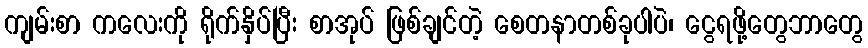
ကျမ်းစာ ကလေးကို ရိုက်နှိပ်ပြီး စာအုပ် ဖြစ်ချင်တဲ့ စေတနာတစ်ခုပါပဲ၊ ငွေရဖို့တွေဘာတွေ